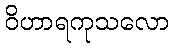
ဝိဟာရကုသလော